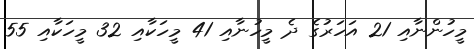
މީހުންނާއި 21 އަހަރުގެ ދެ މީހުނާއި 41 މީހަކާއި 32 މީހަކާއި 55